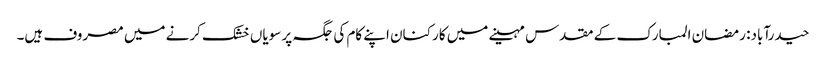
حیدرآباد: رمضان المبارک کے مقدس مہینے میں کارکنان اپنے کام کی جگہ پر سویاں خشک کرنے میں مصروف ہیں۔